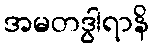
အမတဒွါရာနိ